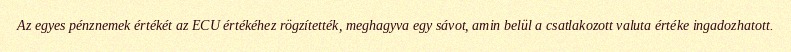
Az egyes pénznemek értékét az ECU értékéhez rögzítették, meghagyva egy sávot, amin belül a csatlakozott valuta értéke ingadozhatott.